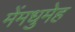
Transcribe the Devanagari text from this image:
मेंमधुमेह